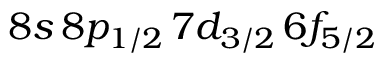
8 s \, 8 p _ { 1 / 2 } \, 7 d _ { 3 / 2 } \, 6 f _ { 5 / 2 }